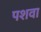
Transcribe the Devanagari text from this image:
पशवा